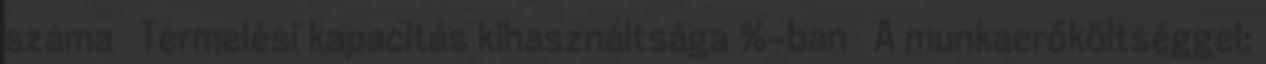
száma ◦ Termelési kapacitás kihasználtsága %-ban  A munkaerőköltséggel: